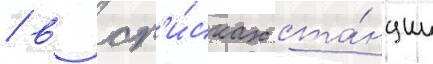
/ в сп'и́сках ста́нции